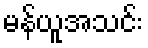
မန်ယူအသင်း